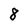
Character: 8